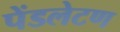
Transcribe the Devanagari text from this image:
पेंडलेटण